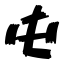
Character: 屯